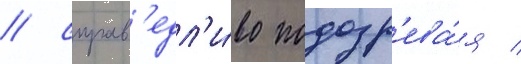
/ справ'едл'и́во подозр'ева́я /